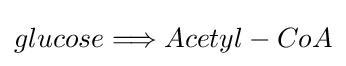
glucose\Longrightarrow Acetyl-CoA